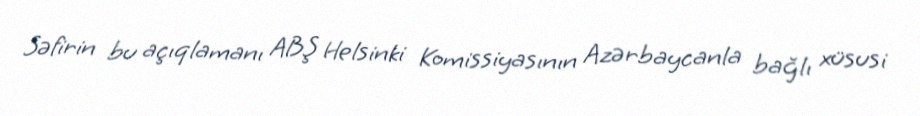
Səfirin bu açıqlamanı ABŞ Helsinki Komissiyasının Azərbaycanla bağlı xüsusi